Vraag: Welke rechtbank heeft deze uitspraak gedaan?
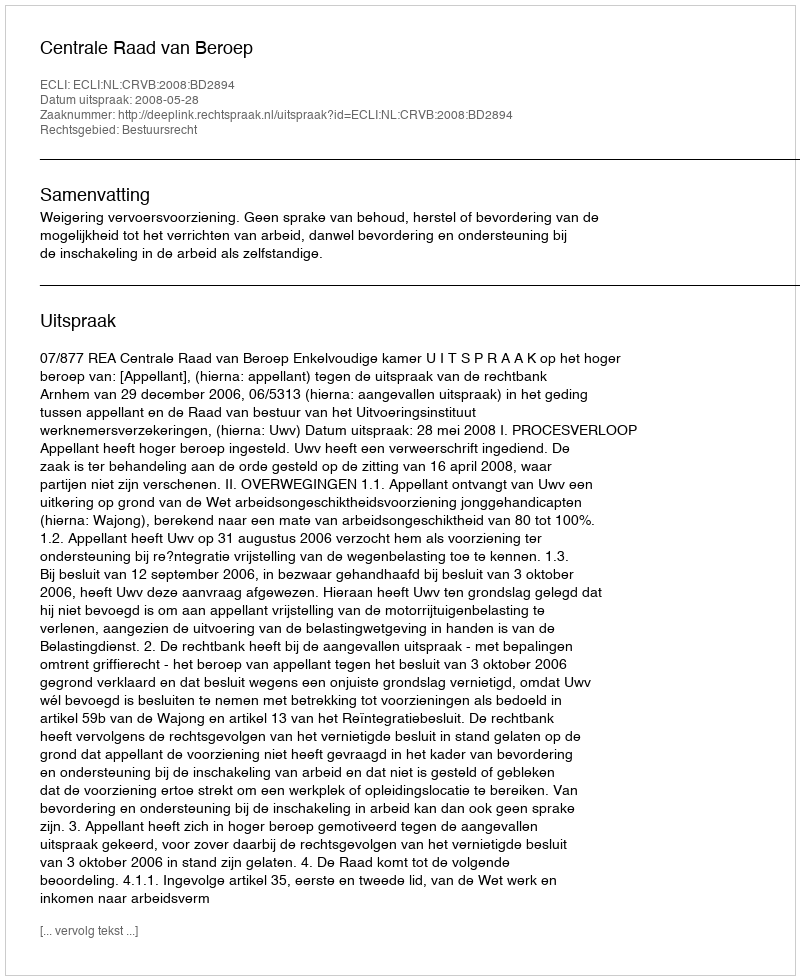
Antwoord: Centrale Raad van Beroep